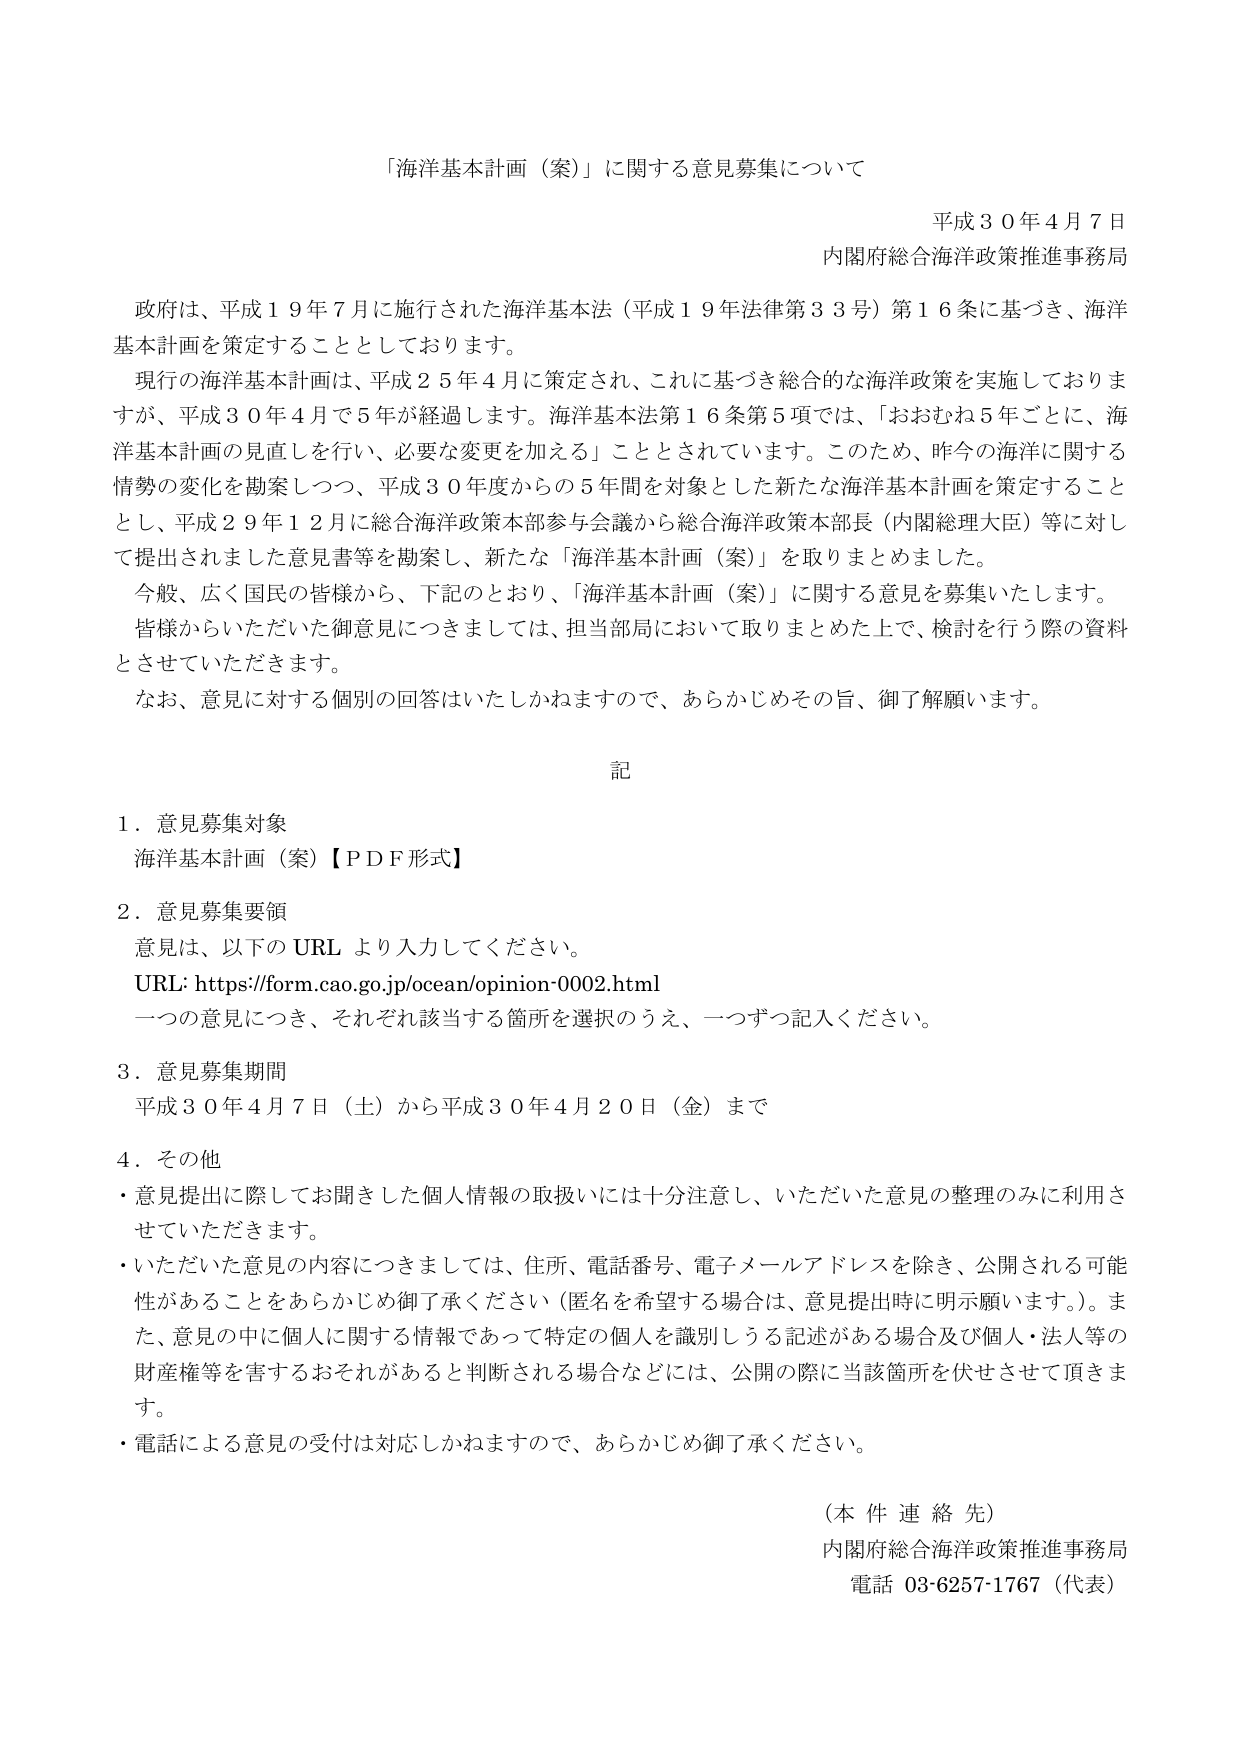
「海洋基本計画（案）」に関する意見募集について

平成３０年４月７日
内閣府総合海洋政策推進事務局

政府は、平成１９年７月に施行された海洋基本法（平成１９年法律第３３号）第１６条に基づき、海洋基本計画を策定することとしております。

現行の海洋基本計画は、平成２５年４月に策定され、これに基づき総合的な海洋政策を実施しておりますが、平成３０年４月で５年が経過します。海洋基本法第１６条第５項では、「おおむね５年ごとに、海洋基本計画の見直しを行い、必要な変更を加える」こととされています。このため、昨今の海洋に関する情勢の変化を勘案しつつ、平成３０年度からの５年間を対象とした新たな海洋基本計画を策定することとし、平成２９年１２月に総合海洋政策本部参与会議から総合海洋政策本部長（内閣総理大臣）等に対して提出されました意見書等を勘案し、新たな「海洋基本計画（案）」を取りまとめました。

今般、広く国民の皆様から、下記のとおり、「海洋基本計画（案）」に関する意見を募集いたします。

皆様からいただいた御意見につきましては、担当部局において取りまとめた上で、検討を行う際の資料とさせていただきます。

なお、意見に対する個別の回答はいたしかねますので、あらかじめその旨、御了解願います。

記

１．意見募集対象
海洋基本計画（案）【ＰＤＦ形式】

２．意見募集要領
意見は、以下のＵＲＬより入力してください。
ＵＲＬ: https://form.cao.go.jp/ocean/opinion-0002.html
一つの意見につき、それぞれ該当する箇所を選択のうえ、一つずつ記入ください。

３．意見募集期間
平成３０年４月７日（土）から平成３０年４月２０日（金）まで

４．その他
・意見提出に際してお聞きした個人情報の取扱いには十分注意し、いただいた意見の整理のみに利用させていただきます。
・いただいた意見の内容につきましては、住所、電話番号、電子メールアドレスを除き、公開される可能性があることをあらかじめ御了承ください（匿名を希望する場合は、意見提出時に明示願います。）。また、意見の中に個人に関する情報であって特定の個人を識別しうる記述がある場合及び個人・法人等の財産権等を害するおそれがあると判断される場合などには、公開の際に当該箇所を伏せさせていただきます。
・電話による意見の受付は対応しかねますので、あらかじめ御了承ください。

（本件連絡先）
内閣府総合海洋政策推進事務局
電話 03-6257-1767（代表）